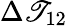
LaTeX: \Delta\mathscr{T}_{12}